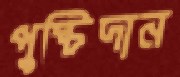
পুষ্টিদান